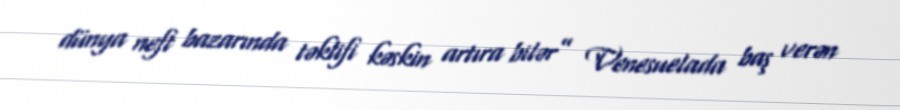
dünya neft bazarında təklifi kəskin artıra bilər” Venesuelada baş verən